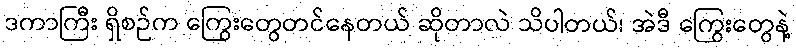
ဒကာကြီး ရှိစဉ်က ကြွေးတွေတင်နေတယ် ဆိုတာလဲ သိပါတယ်၊ အဲဒီ ကြွေးတွေနဲ့